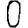
Digit: 0